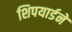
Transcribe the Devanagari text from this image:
शिपयार्डने